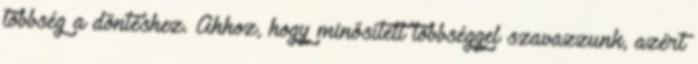
többség a döntéshez. Ahhoz, hogy minősített többséggel szavazzunk, azért